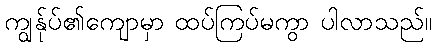
ကျွန်ုပ်၏ကျောမှာ ထပ်ကြပ်မကွာ ပါလာသည်။